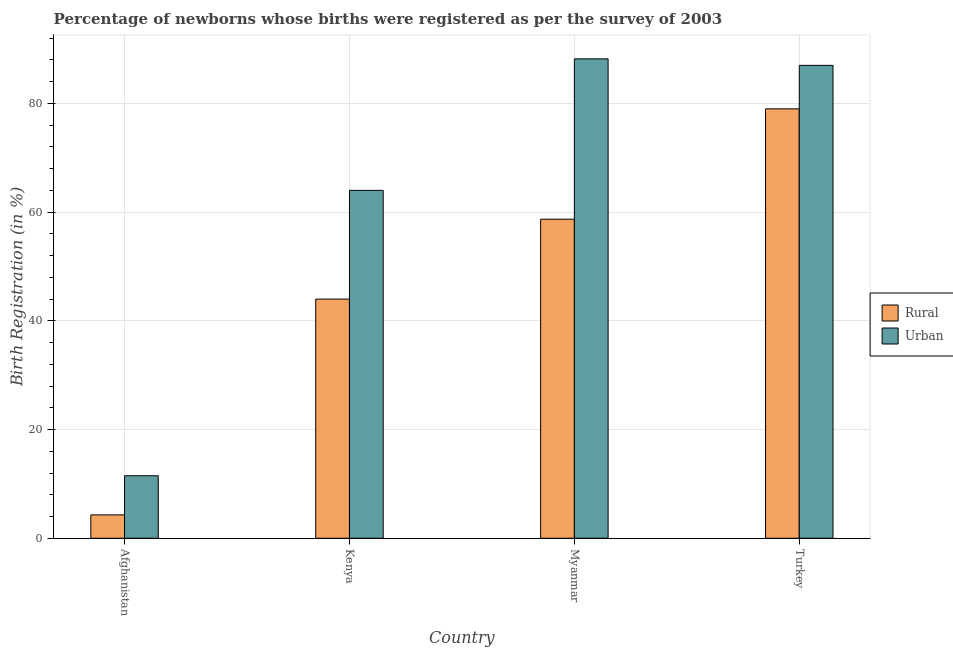
| Country | Rural | Urban |
 | --- | --- | --- |
 | Afghanistan | 4.3 | 11.5 |
 | Kenya | 44 | 64 |
 | Myanmar | 58.7 | 88.2 |
 | Turkey | 79 | 87 |